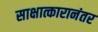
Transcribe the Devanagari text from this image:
साक्षात्कारानंतर